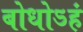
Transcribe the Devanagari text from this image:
बोधोऽहं